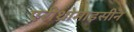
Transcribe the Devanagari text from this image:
एरीथ्रोमाइसीन